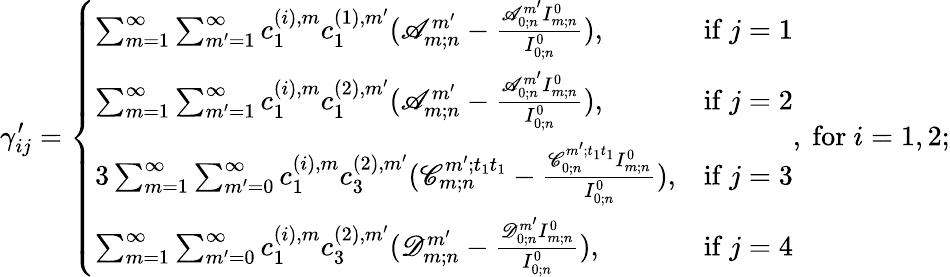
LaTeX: \gamma_{ij}^{\prime}=\left\{ \begin{array}{ll}{\sum_{m=1}^{\infty}\sum_{m^{\prime}=1}^{\infty}c_{1}^{(i),m}c_{1}^{(1),m^{\prime}}(\mathscr{A}_{m;n}^{m^{\prime}}-\frac{\mathscr{A}_{0;n}^{m^{\prime}}I_{m;n}^{0}}{I_{0;n}^{0}}),}&{\mathrm{if~}j=1}\\ {\sum_{m=1}^{\infty}\sum_{m^{\prime}=1}^{\infty}c_{1}^{(i),m}c_{1}^{(2),m^{\prime}}(\mathscr{A}_{m;n}^{m^{\prime}}-\frac{\mathscr{A}_{0;n}^{m^{\prime}}I_{m;n}^{0}}{I_{0;n}^{0}}),}&{\mathrm{if~}j=2}\\ {3\sum_{m=1}^{\infty}\sum_{m^{\prime}=0}^{\infty}c_{1}^{(i),m}c_{3}^{(2),m^{\prime}}(\mathscr{C}_{m;n}^{m^{\prime};t_{1}t_{1}}-\frac{\mathscr{C}_{0;n}^{m^{\prime};t_{1}t_{1}}I_{m;n}^{0}}{I_{0;n}^{0}}),}&{\mathrm{if~}j=3}\\ {\sum_{m=1}^{\infty}\sum_{m^{\prime}=0}^{\infty}c_{1}^{(i),m}c_{3}^{(2),m^{\prime}}(\mathscr{D}_{m;n}^{m^{\prime}}-\frac{\mathscr{D}_{0;n}^{m^{\prime}}I_{m;n}^{0}}{I_{0;n}^{0}}),}&{\mathrm{if~}j=4}\end{array}\right.,\mathrm{~for~}i=1,2;